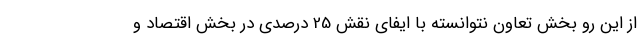
از این رو بخش تعاون نتوانسته با ایفای نقش 25 درصدی در بخش اقتصاد و